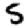
Digit: 5